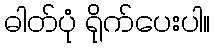
ဓါတ်ပုံ ရိုက်ပေးပါ။